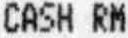
CASH RM